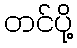
တင်ပို့